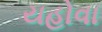
યહોવા